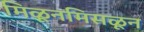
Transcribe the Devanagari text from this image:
मिळूनमिसळून